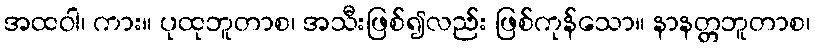
အထဝါ၊ ကား။ ပုထုဘူတာစ၊ အသီးဖြစ်၍လည်း ဖြစ်ကုန်သော။ နာနတ္တဘူတာစ၊